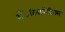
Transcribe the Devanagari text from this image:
अँेटिबायोटिक्स